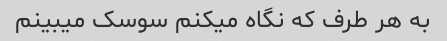
به هر طرف که نگاه میکنم سوسک میبینم